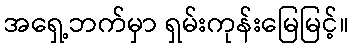
အရှေ့ဘက်မှာ ရှမ်းကုန်းမြေမြင့်။